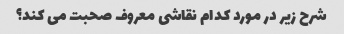
شرح زیر در مورد کدام نقاشی معروف صحبت می کند؟